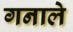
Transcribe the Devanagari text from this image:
गनाले